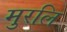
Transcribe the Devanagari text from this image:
मुरलि